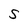
Character: S